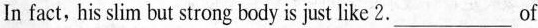
In fact, his slim but strong body is just like 2.___of